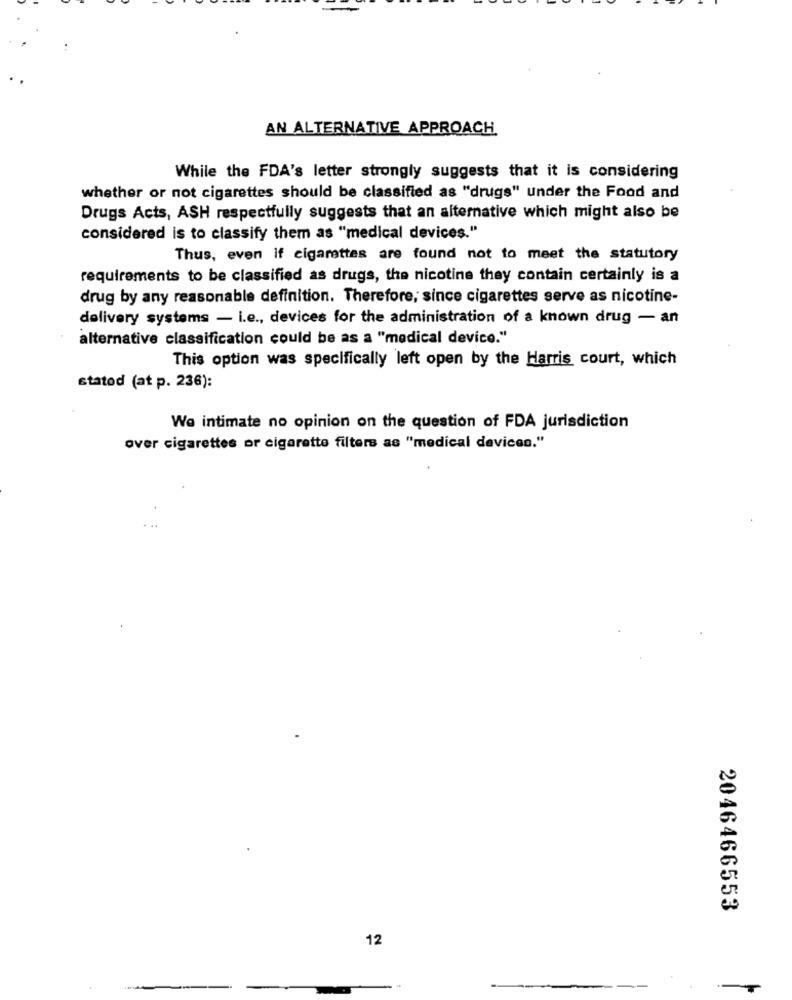
AN ALTERNATIVE APPROACH
While the FDA's letter strongly suggests that it is considering
whether or not cigarettes should be classified as "drugs" under the Food and
Drugs Acts, ASH respectfully suggests that an alternative which might also be
considered is to classify them as "medical devices."
Thus, even if cigarettes are found not to meet the statutory
requirements to be classified as drugs, the nicotine they contain certainly is a
drug by any reasonable definition. Therefore, since cigarettes serve as nicotine-
delivery systems - i.e ., devices for the administration of a known drug - an
alternative classification could be as a "medical device."
This option was specifically left open by the Harris court, which
statod (at p. 236):
We intimate no opinion on the question of FDA jurisdiction
over cigarettes or cigarette filters as "medical devices."
2046466553
12